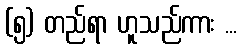
(၅) တည်ရာ ဟူသည်ကား ...